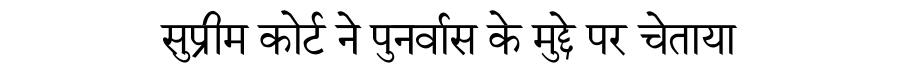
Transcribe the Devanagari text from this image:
सुप्रीम कोर्ट ने पुनर्वास के मुद्दे पर चेताया